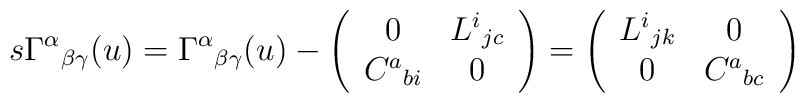
s\Gamma ^\alpha {}_{\beta \gamma }(u)=\Gamma ^\alpha {}_{\beta\gamma }(u)-\left( \begin{array}{cc}0 & L^i{}_{jc} \\ C^a{}_{bi} & 0 \end{array}\right) =\left( \begin{array}{cc}L^i{}_{jk} & 0 \\ 0 & C^a{}_{bc} \end{array}\right)